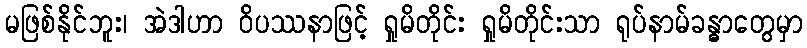
မဖြစ်နိုင်ဘူး၊ အဲဒါဟာ ဝိပဿနာဖြင့် ရှုမိတိုင်း ရှုမိတိုင်းသာ ရုပ်နာမ်ခန္ဓာတွေမှာ